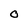
Character: O